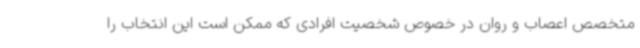
متخصص اعصاب و روان در خصوص شخصیت افرادی که ممکن است این انتخاب را